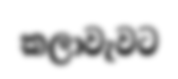
කලාවැවට